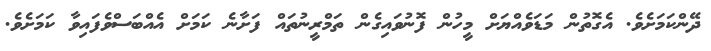
ދޭންކަމަށެވެ. އެގޮތުން މަޑަވެއްޔަށް މީހުން ފޮނުވައިގެން ތަމްރީނުތައް ފަށާނެ ކަމަށް އެއްބަސްވެފައިވާ ކަމަށެވެ.